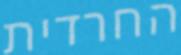
החרדית